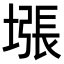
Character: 㙣